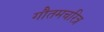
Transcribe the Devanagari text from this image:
गौतमचरित्र